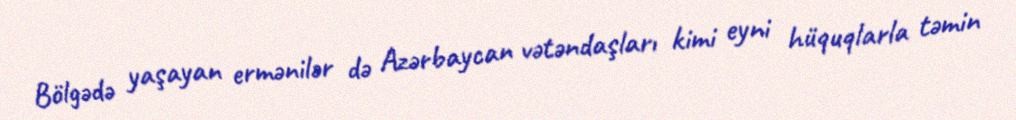
Bölgədə yaşayan ermənilər də Azərbaycan vətəndaşları kimi eyni hüquqlarla təmin